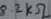
Text: 8.2kΩ